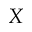
X